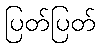
ပြတ်ပြတ်